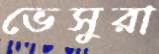
ভেসুরা